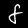
Digit: 8